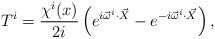
\begin{align*}T^{i}=\frac{\chi^{i}(x)}{2i}\left(e^{i\vec{\omega}^{i}\cdot \vec{X}}-e^{-i\vec{\omega}^{i}\cdot\vec{X}}\right),\end{align*}